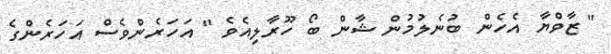
" ޒާވްޔާ އެހެން ބުނެލުމުން ޝާން ބޯ ހޫރާލިއެވެ " އަހަރެންވެސް އަހަރެންގެ